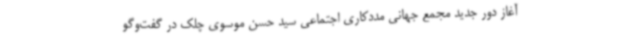
آغاز دور جدید مجمع جهانی مددکاری اجتماعی سید حسن موسوی چلک در گفت‌وگو